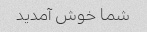
شما خوش آمدید